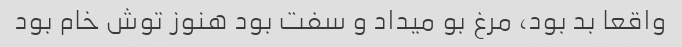
واقعا بد بود، مرغ بو میداد و سفت بود هنوز توش خام بود